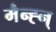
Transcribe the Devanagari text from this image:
मैन्ह्न्